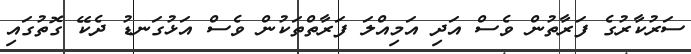
ސަރުކާރުގެ ފަރާތުން ވެސް އަދި އަމިއްލަ ފަރާތްތަކުން ވެސް އަޅުގަނޑު ދެކޭ ގޮތުގައި